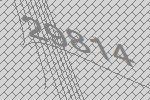
29814